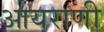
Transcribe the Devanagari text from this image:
आयराणी